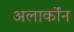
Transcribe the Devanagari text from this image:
अलार्कोंन